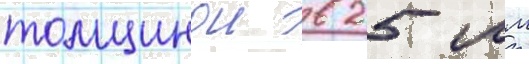
толщинои в 25 мм